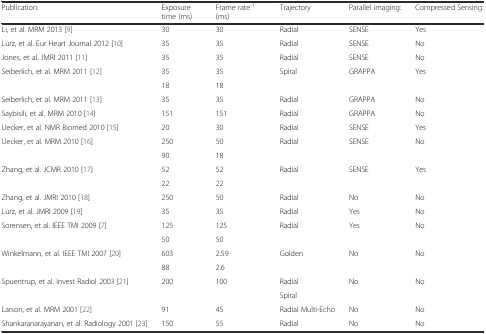
<table><thead><tr><td><b>Publication:</b></td><td><b>Exposure time (ms)</b></td><td><b>Frame rate<sup>-1</sup> (ms)</b></td><td><b>Trajectory</b></td><td><b>Parallel imaging:</b></td><td><b>Compressed Sensing:</b></td></tr></thead><tbody><tr><td>Li, et al. MRM 2013 [9]</td><td>30</td><td>30</td><td>Radial</td><td>SENSE</td><td>Yes</td></tr><tr><td>Lurz, et al. Eur Heart Journal 2012 [10]</td><td>35</td><td>35</td><td>Radial</td><td>SENSE</td><td>No</td></tr><tr><td>Jones, et al. JMRI 2011 [11]</td><td>35</td><td>35</td><td>Radial</td><td>SENSE</td><td>No</td></tr><tr><td rowspan="2">Seiberlich, et al. MRM 2011 [12]</td><td>35</td><td>35</td><td rowspan="2">Spiral</td><td rowspan="2">GRAPPA</td><td rowspan="2">Yes</td></tr><tr><td>18</td><td>18</td></tr><tr><td>Seiberlich, et al. MRM 2011 [13]</td><td>35</td><td>35</td><td>Radial</td><td>GRAPPA</td><td>No</td></tr><tr><td>Saybisili, et al. MRM 2010 [14]</td><td>151</td><td>151</td><td>Radial</td><td>GRAPPA</td><td>No</td></tr><tr><td>Uecker, et al. NMR Biomed 2010 [15]</td><td>20</td><td>30</td><td>Radial</td><td>SENSE</td><td>Yes</td></tr><tr><td rowspan="2">Uecker, et al. MRM 2010 [16]</td><td>250</td><td>50</td><td rowspan="2">Radial</td><td>SENSE</td><td>No</td></tr><tr><td>90</td><td>18</td><td></td><td></td></tr><tr><td rowspan="2">Zhang, et al. JCMR 2010 [17]</td><td>52</td><td>52</td><td rowspan="2">Radial</td><td>SENSE</td><td>Yes</td></tr><tr><td>22</td><td>22</td><td></td><td></td></tr><tr><td>Zhang, et al. JMRI 2010 [18]</td><td>250</td><td>50</td><td>Radial</td><td>No</td><td>No</td></tr><tr><td>Lurz, et al. JMRI 2009 [19]</td><td>35</td><td>35</td><td>Radial</td><td>Yes</td><td>No</td></tr><tr><td rowspan="2">Sorensen, et al. IEEE TMI 2009 [7]</td><td>125</td><td>125</td><td rowspan="2">Radial</td><td rowspan="2">Yes</td><td>No</td></tr><tr><td>50</td><td>50</td><td></td></tr><tr><td rowspan="2">Winkelmann, et al. IEEE TMI 2007 [20]</td><td>603</td><td>2.59</td><td rowspan="2">Golden</td><td rowspan="2">No</td><td rowspan="2">No</td></tr><tr><td>88</td><td>2.6</td></tr><tr><td rowspan="2">Spuentrup, et al. Invest Radiol 2003 [21]</td><td rowspan="2">200</td><td rowspan="2">100</td><td>Radial</td><td rowspan="2">No</td><td rowspan="2">No</td></tr><tr><td>Spiral</td></tr><tr><td>Larson, et al. MRM 2001 [22]</td><td>91</td><td>45</td><td>Radial Multi-Echo</td><td>No</td><td>No</td></tr><tr><td>Shankaranarayanan, et al. Radiology 2001 [23]</td><td>150</td><td>55</td><td>Radial</td><td>No</td><td>No</td></tr></tbody></table>